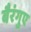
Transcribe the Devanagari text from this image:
बैरंगुए